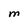
Character: M